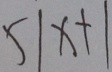
5 \vert x + \vert